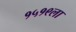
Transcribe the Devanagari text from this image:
१५१९ला